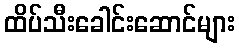
ထိပ်သီးခေါင်းဆောင်များ